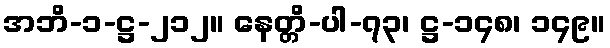
အဘိ-၁-ဋ္ဌ-၂၁၂။ နေတ္တိ-ပါ-၇၃၊ ဋ္ဌ-၁၄၈၊ ၁၄၉။